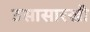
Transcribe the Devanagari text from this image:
उसासारखी